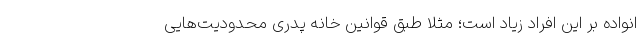
انواده بر این افراد زیاد است؛ مثلا طبق قوانین خانه پدری محدودیت‌هایی